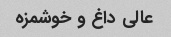
عالی داغ و خوشمزه